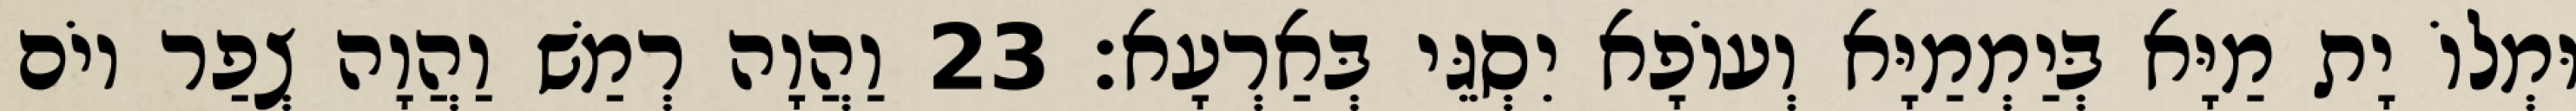
וּמְלוֹ יָת מַיָּא בְּיַמְמַיָּא וְעוֹפָא יִסְגֵּי בְּאַרְעָא׃ 23 וַהֲוָה רְמַשׁ וַהֲוָה צְפַר יוֹם